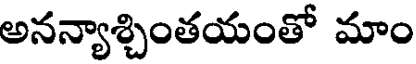
అనన్యాశ్చింతయంతో మాం